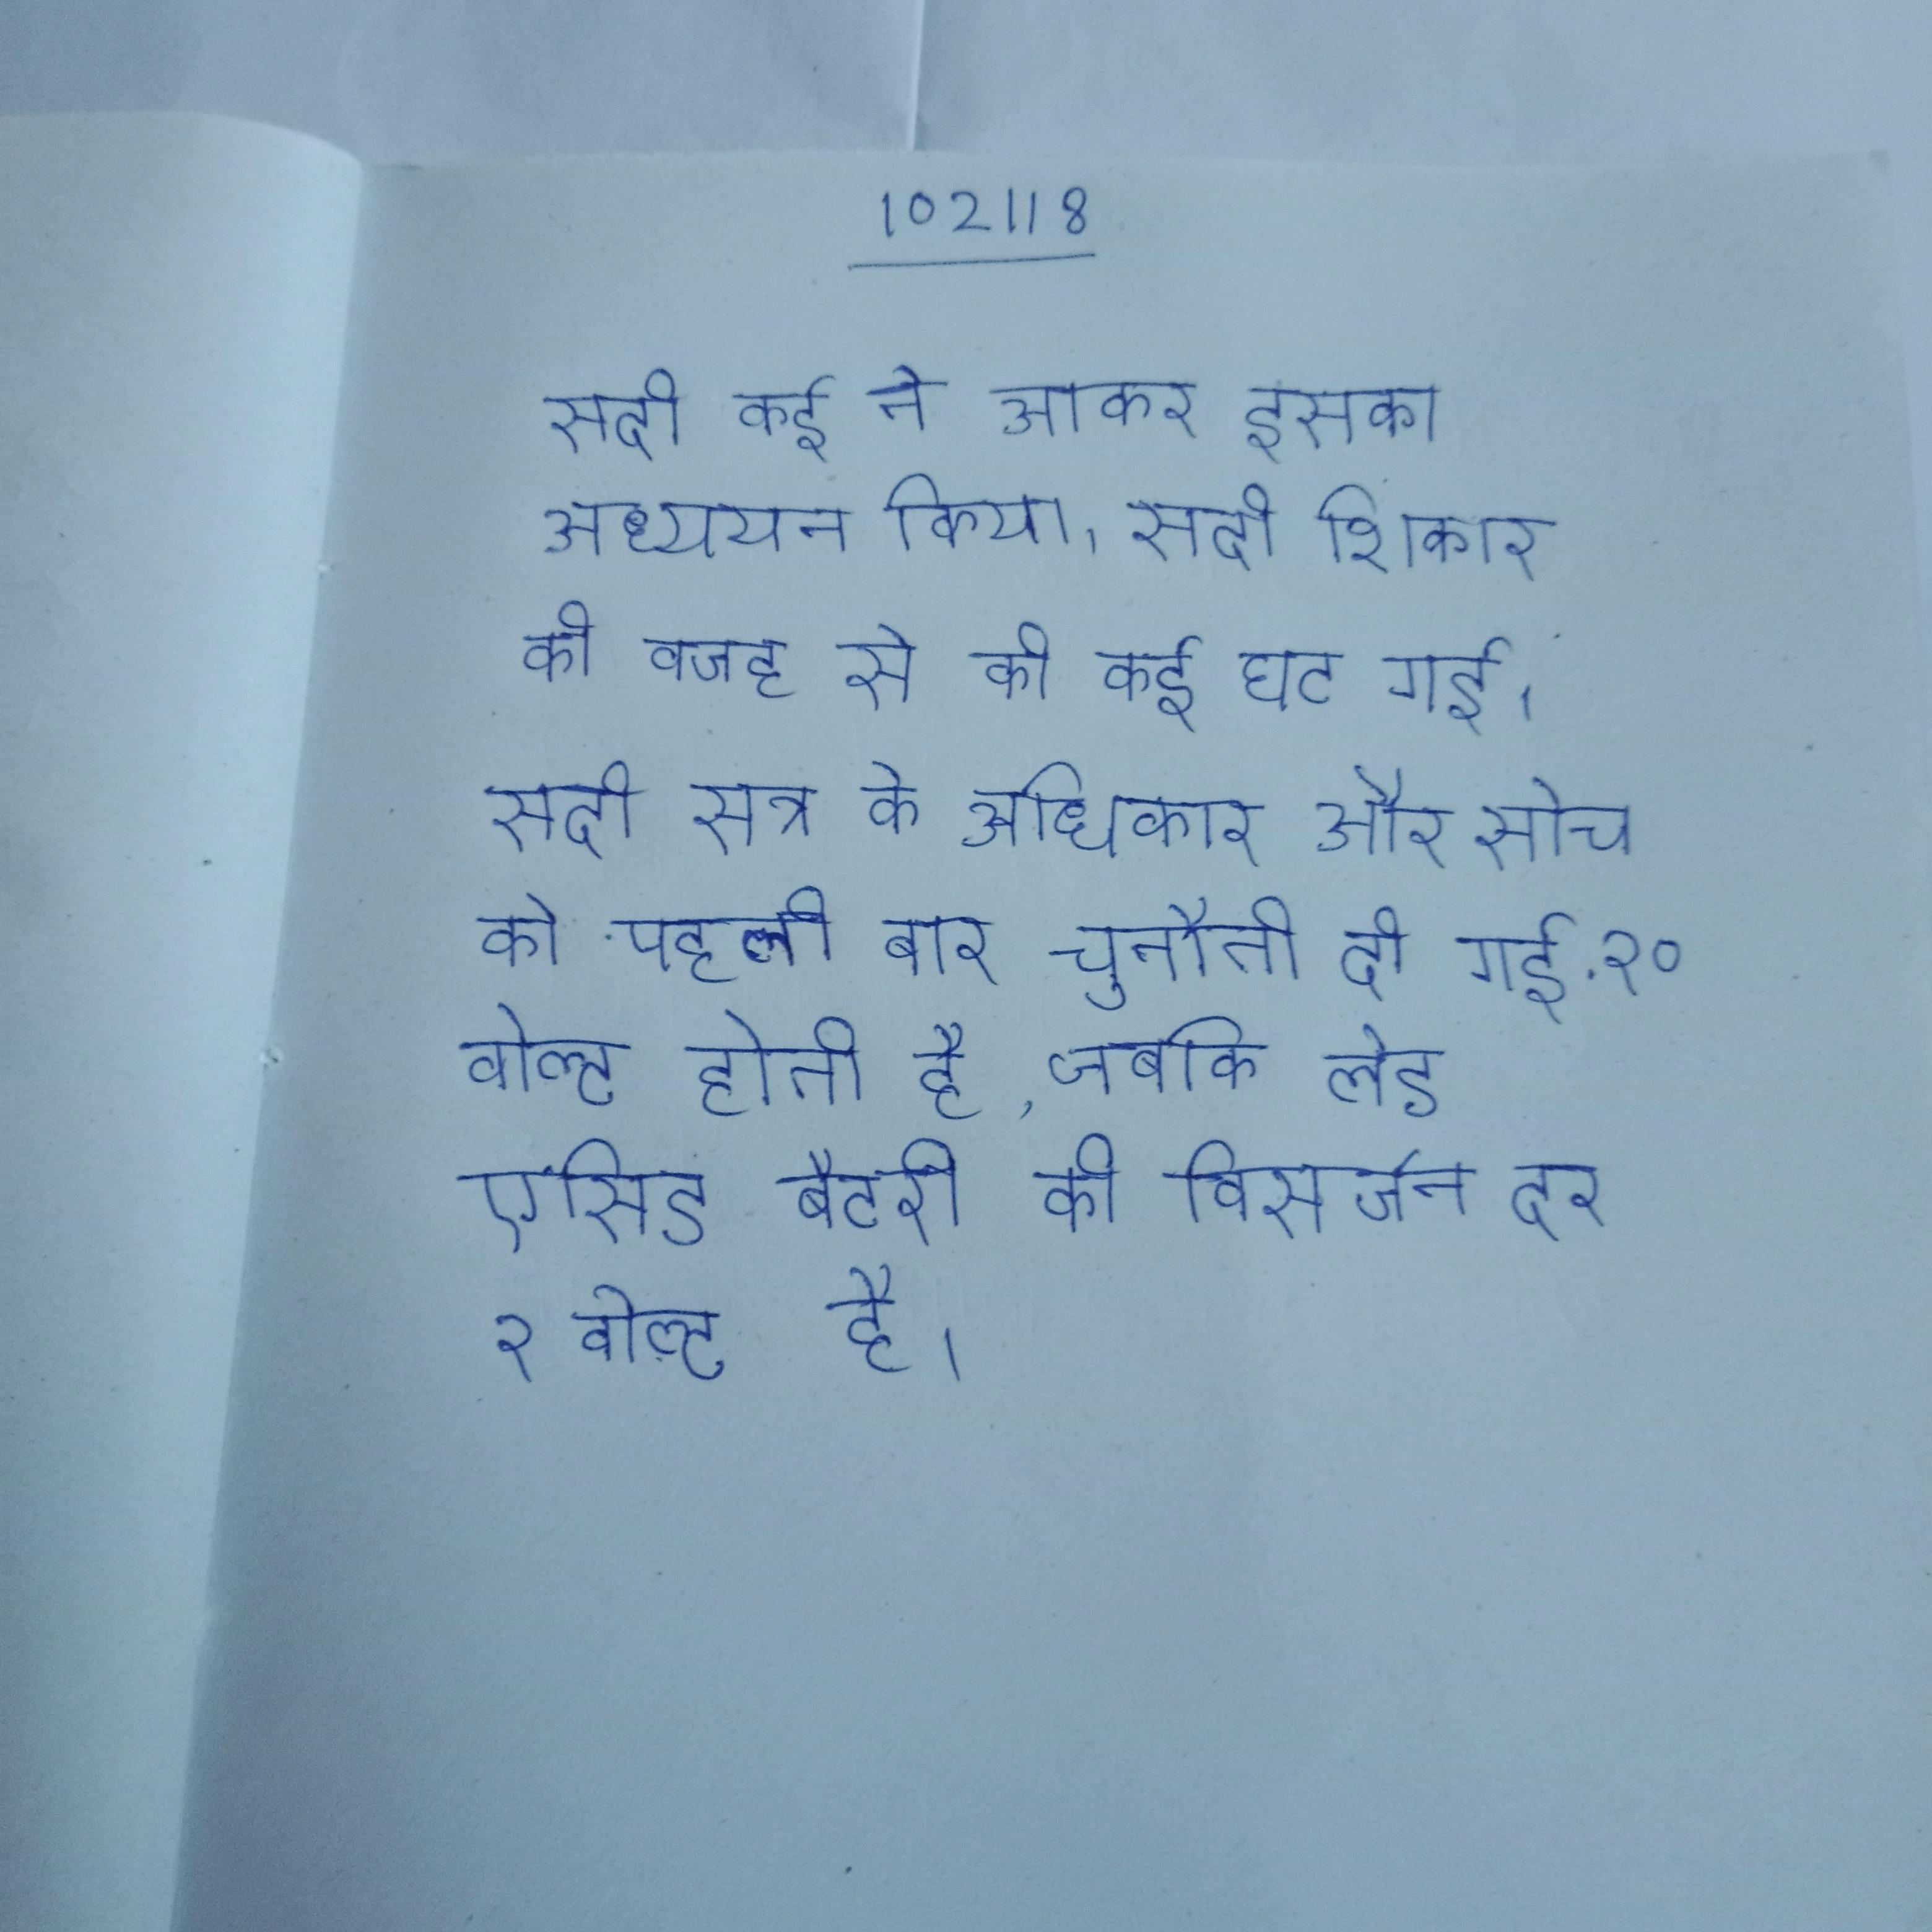
सदी कई ने आकर इसका अध्ययन किया । सदी शिकार की वजह से की कई घट गई । सदी सत्र के अधिकार और सोच को पहली बार चुनौती दी गई . २० वोल्ट होती है, जबकि लेड एसिड बैटरी की विसर्जन दर २ वोल्ट है ।